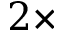
2 { \times }